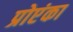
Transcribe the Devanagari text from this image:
प्रोएंका